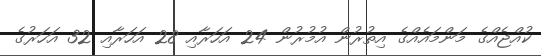
ކުއްޖެއްގެ މަންމައެއްގެ އިތުރުން އުމުރުން 24 އަހަރާއި 28 އަހަރާއި 32 އަހަރުގެ